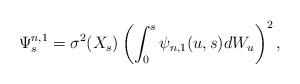
LaTeX: \begin{align*} \Psi^{n,1}_s =\sigma^2(X_s) \left( \int_0^s \psi_{n,1}(u,s) dW_u \right)^2, \end{align*}